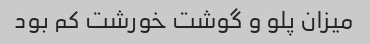
میزان پلو و گوشت خورشت کم بود